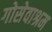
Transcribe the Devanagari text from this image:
गोसेवाश्रम